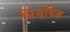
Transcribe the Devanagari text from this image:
प्रिजुडिस